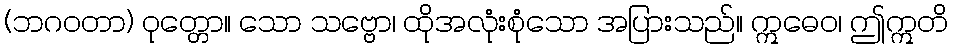
(ဘဂဝတာ) ဝုတ္တော။ သော သဗ္ဗော၊ ထိုအလုံးစုံသော အပြားသည်။ ဣဓေဝ၊ ဤဣတိ